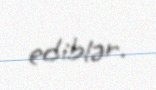
ediblər.